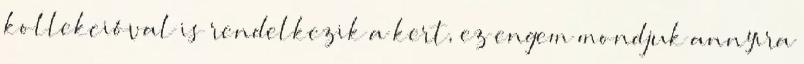
kollekcióval is rendelkezik a kert, ez engem mondjuk annyira